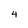
Character: 4